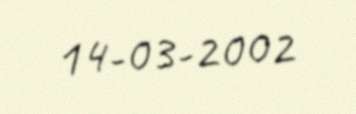
14-03-2002